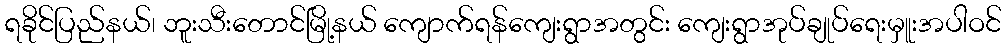
ရခိုင်ပြည်နယ်၊ ဘူးသီးတောင်မြို့နယ် ကျောက်ရန်ကျေးရွာအတွင်း ကျေးရွာအုပ်ချုပ်ရေးမှူးအပါဝင်